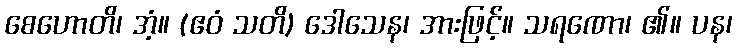
စေဟောတိ၊ အံ့။ (ဧဝံ သတိ) ဒေါသေန၊ အားဖြင့်။ သရဏော၊ ၏။ ပန၊